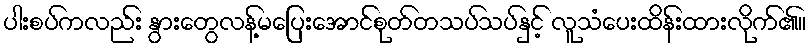
ပါးစပ်ကလည်း နွားတွေလန့်မပြေးအောင်စုတ်တသပ်သပ်နှင့် လူသံပေးထိန်းထားလိုက်၏။